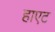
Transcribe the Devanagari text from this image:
हाएट